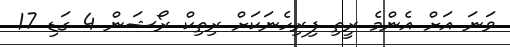
ވަނަ އަށް އެންމެ ރީތި ފިރިހެނަކަށް ރިތިކް ރޯޝަން 4 ގަޑި 17